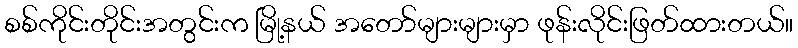
စစ်ကိုင်းတိုင်းအတွင်းက မြို့နယ် အတော်များများမှာ ဖုန်းလိုင်းဖြတ်ထားတယ်။